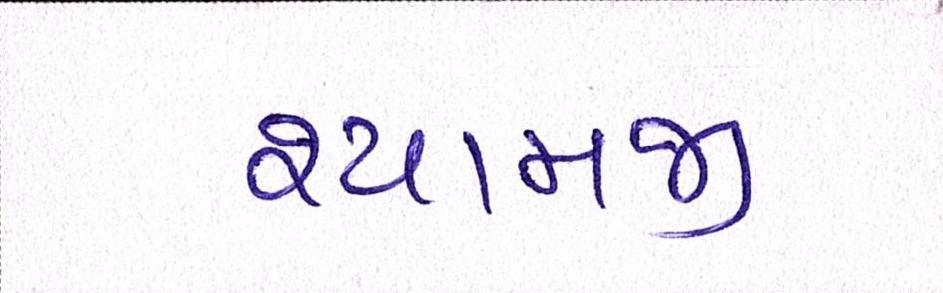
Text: શ્યામજી